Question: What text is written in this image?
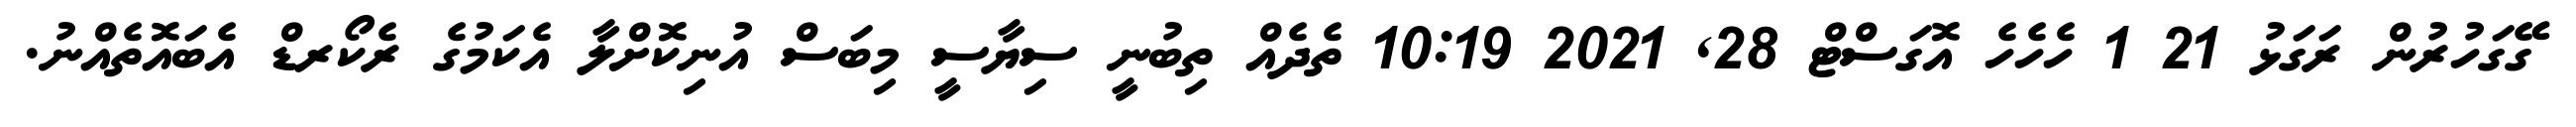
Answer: ގޭގަހުރުން ރަގަޅު 21 1 ހެހެހެ އޮގަސްޓް 28, 2021 10:19 ތެދެއް ތިބުނީ ސިޔާސީ މިބަސް އުނިކޮށްލާ އެކަމުގެ ރެކޯރޑް އެބައޮތެއްނު.